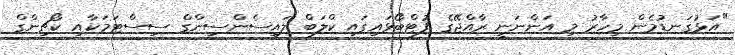
"އަޅުގަނޑުމެން މިހާރު މި އަންނަނީ ރާއްޖޭގެ ފުޓްބޯޅައިގައި ކްލަބް ލައިސެންސިންގް ސިސްޓަމަކާއި ކޯޗިންގް